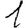
Digit: 1